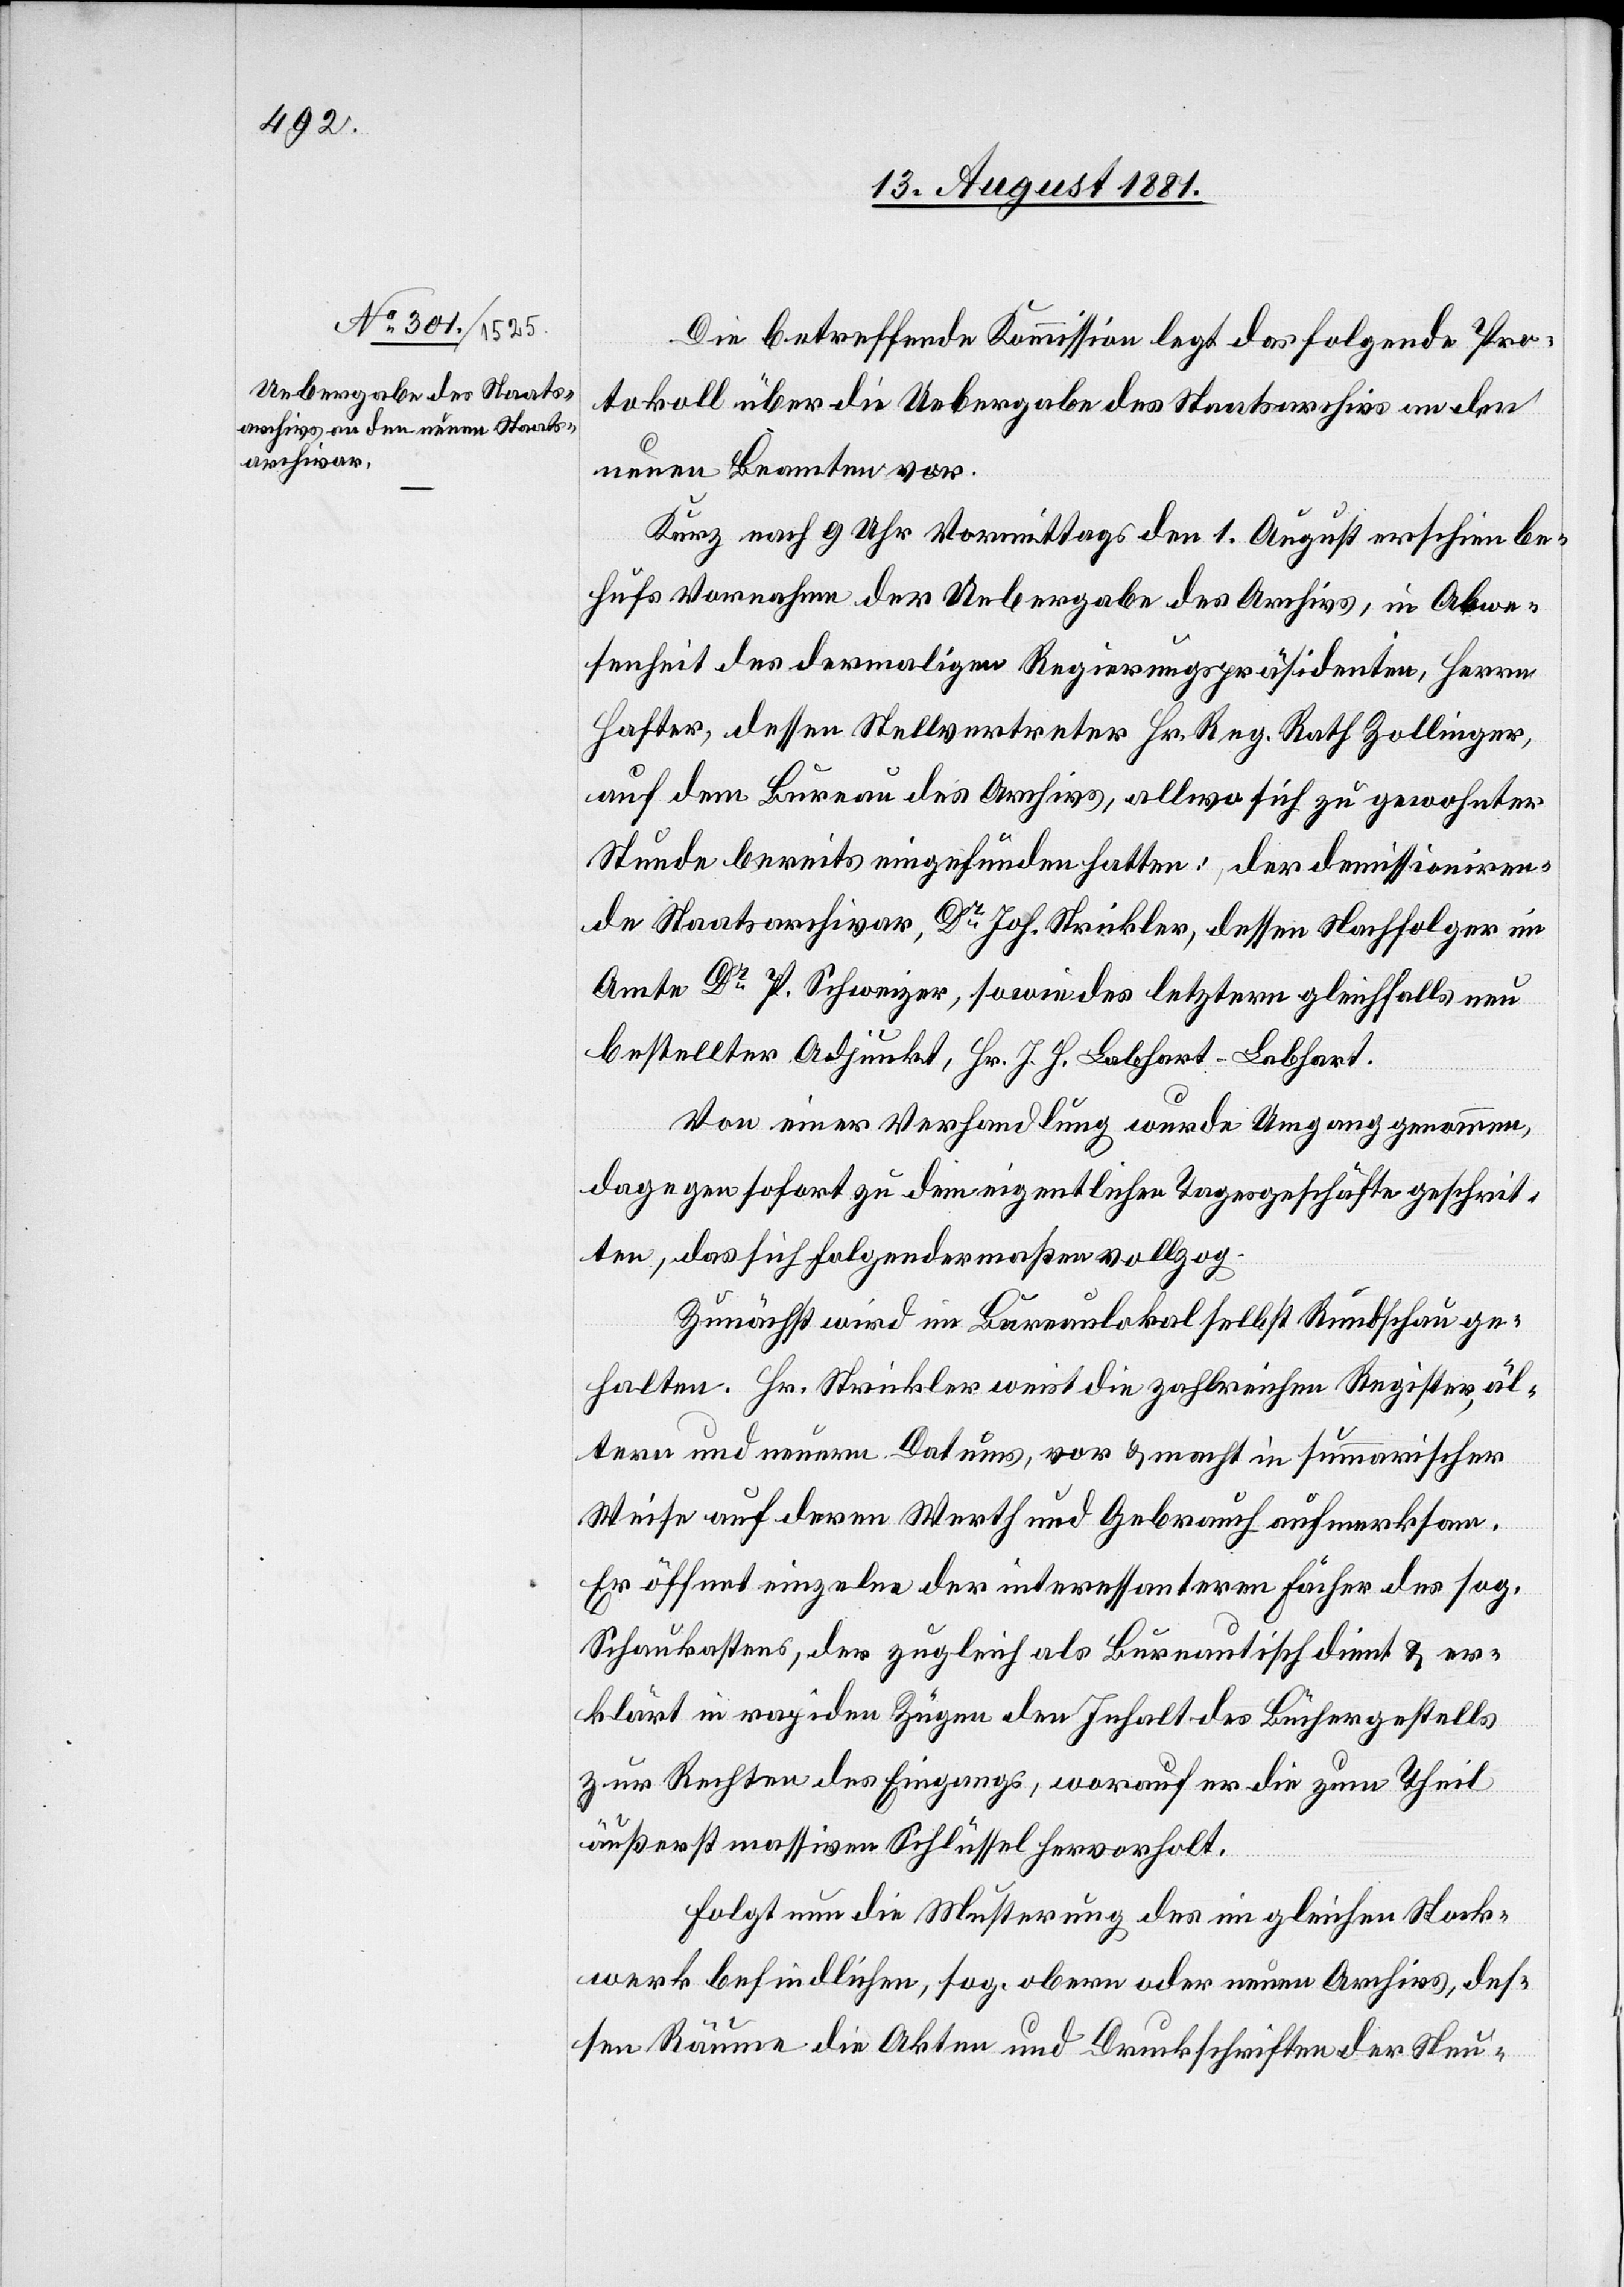
Die betreffende Kommission legt das folgende Pro¬
tokoll über die Uebergabe des Staatsarchiv an den
neuen Beamten vor.
Kurz nach 9 Uhr Vormittags den 1. August erschien be¬
hufs Vornahme der Uebergabe des Archivs, in Abwe¬
senheit des dermaligen Regierungspräsidenten, Herrn
Hafter, dessen Stellvertretern Hr. Reg. Rath Zollinger,
auf dem Bureau des Archivs, allwo sich zur gewohnter
Stunde bereits eingefunden hatten: der demissioniren¬
de Staatsarchivar, Dr Joh. Strickler, dessen Nachfolger im
Amte Dr P. Schweizer, sowie des letztern gleichfalls neu
bestellter Adjunkt, Hr. J. H. Labhart-Labhart.
Von einer Verhandlung wurde Umgang genommen,
dagegen sofort zu dem eigentlichen Tagesgeschäfte geschrit¬
ten, das sich folgendermaßen vollzog:
Zunächst wird im Bureaulokal selbst Rundschau ge¬
halten. Hr. Strickler weist die zahlreichen Register, äl¬
tern und neuern Datums, vor & macht in summarischer
Weise auf deren Werth und Gebrauch aufmerksam.
Er öffnet einzelne der interessanteren Fächer des sog.
Schaukastens, der zugleich als Bureautisch dient & er¬
klärt in rapiden Zügen den Inhalt des Büchergestells
zur Rechten des Eingangs, worauf er die zum Theil
äußerst massiven Schlüssel hervorholt.
Folgt nun die Musterung des im gleichen Stock¬
werk befindlichen, sog. obern oder neuen Archivs, des¬
sen Räume die Akten und Druckschriften der Neu-